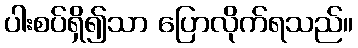
ပါးစပ်ရှိ၍သာ ပြောလိုက်ရသည်။